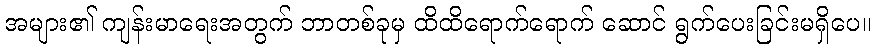
အများ၏ ကျန်းမာရေးအတွက် ဘာတစ်ခုမှ ထိထိရောက်ရောက် ဆောင် ရွက်ပေးခြင်းမရှိပေ။